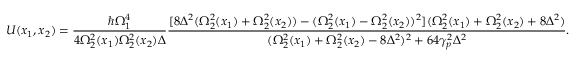
U ( x _ { 1 } , x _ { 2 } ) = \frac { \hbar \Omega _ { 1 } ^ { 4 } } { 4 \Omega _ { 2 } ^ { 2 } ( x _ { 1 } ) \Omega _ { 2 } ^ { 2 } ( x _ { 2 } ) \Delta } \frac { [ 8 \Delta ^ { 2 } ( \Omega _ { 2 } ^ { 2 } ( x _ { 1 } ) + \Omega _ { 2 } ^ { 2 } ( x _ { 2 } ) ) - ( \Omega _ { 2 } ^ { 2 } ( x _ { 1 } ) - \Omega _ { 2 } ^ { 2 } ( x _ { 2 } ) ) ^ { 2 } ] ( \Omega _ { 2 } ^ { 2 } ( x _ { 1 } ) + \Omega _ { 2 } ^ { 2 } ( x _ { 2 } ) + 8 \Delta ^ { 2 } ) } { ( \Omega _ { 2 } ^ { 2 } ( x _ { 1 } ) + \Omega _ { 2 } ^ { 2 } ( x _ { 2 } ) - 8 \Delta ^ { 2 } ) ^ { 2 } + 6 4 \gamma _ { p } ^ { 2 } \Delta ^ { 2 } } .